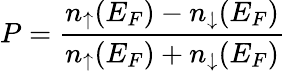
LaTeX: P=\frac{{n_{\uparrow}(E_{F})}-{n_{\downarrow}(E_{F})}}{{n_{\uparrow}(E_{F})}+{n_{\downarrow}(E_{F})}}